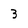
Character: 3